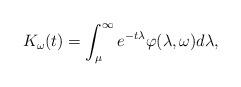
LaTeX: \begin{align*}K_\omega(t)=\int_{\mu}^{\infty} e^{-t\lambda} \varphi(\lambda,\omega)d\lambda,\end{align*}